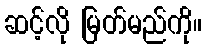
ဆင့်လို မြတ်မည်ကို။